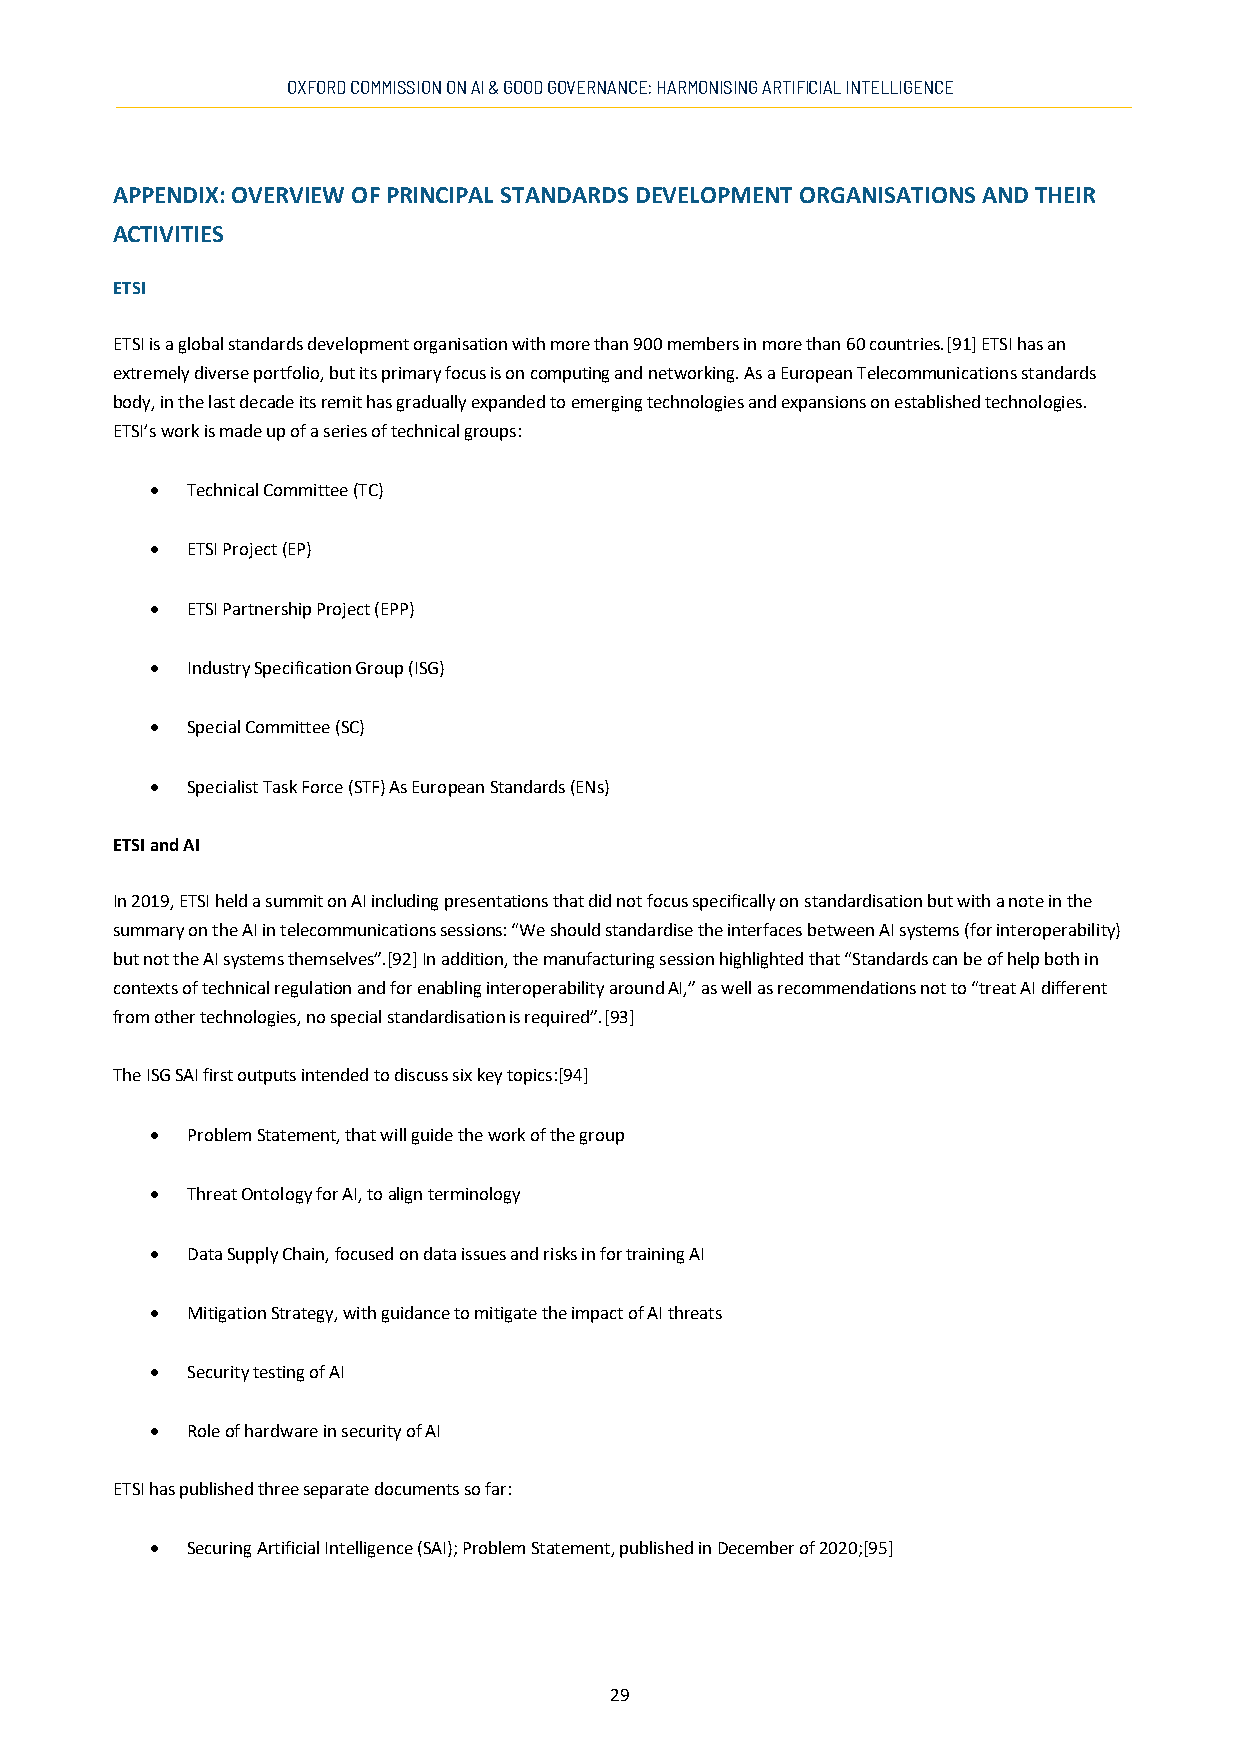
OXFORD COMMISSION ON AI & GOOD GOVERNANCE: HARMONISING ARTIFICIAL INTELLIGENCE
 APPENDIX: OVERVIEW OF PRINCIPAL STANDARDS DEVELOPMENT ORGANISATIONS AND THEIR
 ACTIVITIES
 ETSI
 ETSI is a global standards development organisation with more than 900 members in more than 60 countries.[91] ETSI has an
 extremely diverse portfolio, but its primary focus is on computing and networking. As a European Telecommunications standards
 body, in the last decade its remit has gradually expanded to emerging technologies and expansions on established technologies.
 ETSI’s work is made up of a series of technical groups:
 • Technical Committee (TC)
 • ETSI Project (EP)
 • ETSI Partnership Project (EPP)
 • Industry Specification Group (ISG)
 • Special Committee (SC)
 • Specialist Task Force (STF) As European Standards (ENs)
 ETSI and AI
 In 2019, ETSI held a summit on AI including presentations that did not focus specifically on standardisation but with a note in the
 summary on the AI in telecommunications sessions: “We should standardise the interfaces between AI systems (for interoperability)
 but not the AI systems themselves”.[92] In addition, the manufacturing session highlighted that “Standards can be of help both in
 contexts of technical regulation and for enabling interoperability around AI,” as well as recommendations not to “treat AI different
 from other technologies, no special standardisation is required”.[93]
 The ISG SAI first outputs intended to discuss six key topics:[94]
 • Problem Statement, that will guide the work of the group
 • Threat Ontology for AI, to align terminology
 • Data Supply Chain, focused on data issues and risks in for training AI
 • Mitigation Strategy, with guidance to mitigate the impact of AI threats
 • Security testing of AI
 • Role of hardware in security of AI
 ETSI has published three separate documents so far:
 • Securing Artificial Intelligence (SAI); Problem Statement, published in December of 2020;[95]
 29